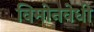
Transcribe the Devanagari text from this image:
विमोनवेधी